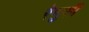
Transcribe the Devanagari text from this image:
रेणुशी